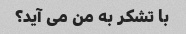
با تشکر به من می آید؟